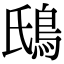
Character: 䲭